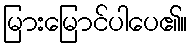
မြားမြောင်ပါပေ၏။